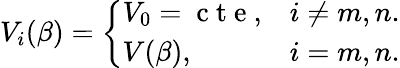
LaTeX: V_{i}(\beta)=\left\{ \begin{array}{ll}{V_{0}=\mathrm{~c~t~e~},}&{i\neq m,n.}\\ {V(\beta),}&{i=m,n.}\end{array}\right.